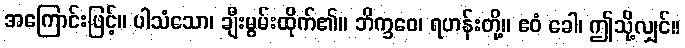
အကြောင်းဖြင့်။ ပါသံသော၊ ချီးမွမ်းထိုက်၏။ ဘိက္ခဝေ၊ ရဟန်းတို့။ ဧဝံ ခေါ၊ ဤသို့လျှင်။